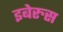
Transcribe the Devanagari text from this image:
इबेरुस